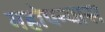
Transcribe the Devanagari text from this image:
महोपन्यास